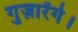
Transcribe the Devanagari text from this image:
गुज़ारेंगे।